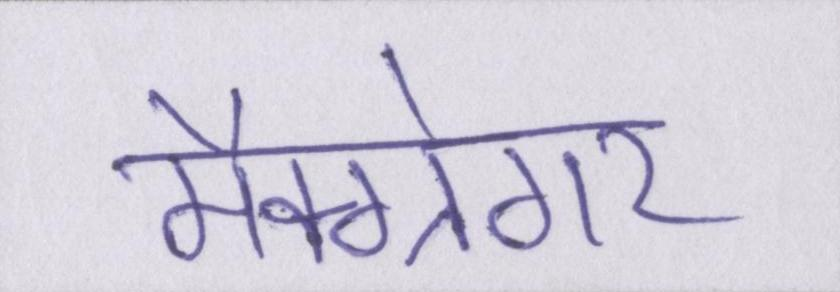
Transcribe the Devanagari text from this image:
मैक्ग्रेगर